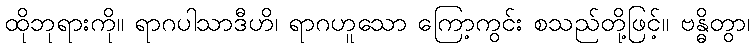
ထိုဘုရားကို။ ရာဂပါသာဒီဟိ၊ ရာဂဟူသော ကြော့ကွင်း စသည်တို့ဖြင့်။ ဗန္ဓိတွာ၊